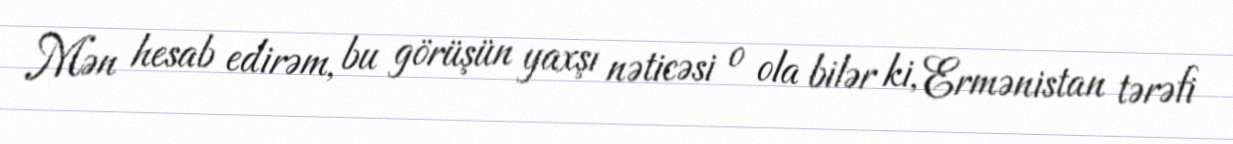
Mən hesab edirəm, bu görüşün yaxşı nəticəsi o ola bilər ki, Ermənistan tərəfi